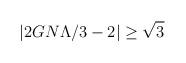
LaTeX: \begin{align*}\left| 2GN\Lambda /3-2\right| \geq \sqrt{3}\end{align*}